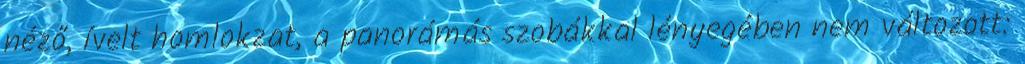
néző, ívelt homlokzat, a panorámás szobákkal lényegében nem változott: